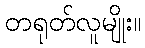
တရုတ်လူမျိုး။